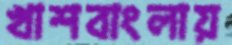
খাশবাংলায়